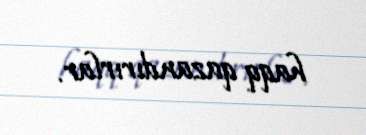
haqq qazandırırlar.